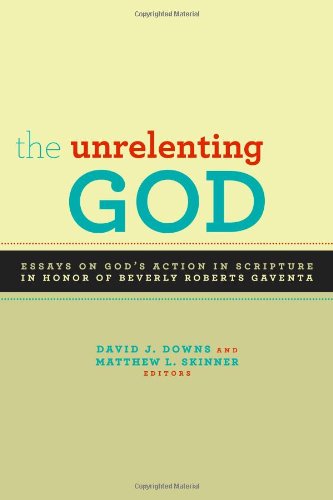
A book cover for The Unrelenting God: Essays on God's Action in Scripture in Honor of Beverly Roberts Gaventa; Religion & Spirituality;